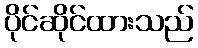
ပိုင်ဆိုင်ထားသည်